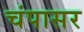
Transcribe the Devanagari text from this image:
चंपासर